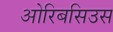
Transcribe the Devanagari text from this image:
ओरिबसिउस